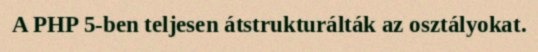
A PHP 5-ben teljesen átstrukturálták az osztályokat.